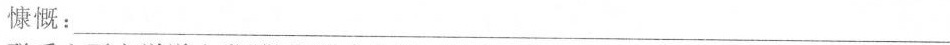
慷慨：___